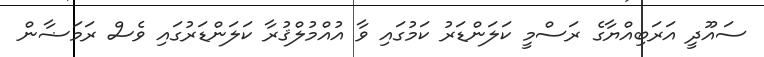
ސައޫދީ އަރަބިއްޔާގެ ރަސްމީ ކަލަންޑަރު ކަމުގައި ވާ އުއްމުލްޤުރާ ކަލަންޑަރުގައި ވެސް ރަމަޟާން